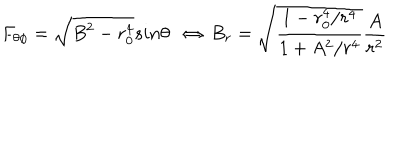
F _ { \theta \phi } = \sqrt { B ^ { 2 } - r _ { 0 } ^ { 4 } } s i n \theta \ \ \Leftrightarrow \, B _ { r } = \sqrt { \frac { 1 - r _ { 0 } ^ { 4 } / r ^ { 4 } } { 1 + A ^ { 2 } / r ^ { 4 } } } \frac { A } { r ^ { 2 } }